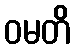
ဝမတိ